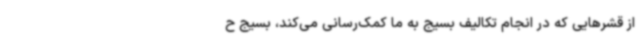
از قشرهایی که در انجام تکالیف بسیج به ما کمک‌رسانی می‌کند، بسیج ح